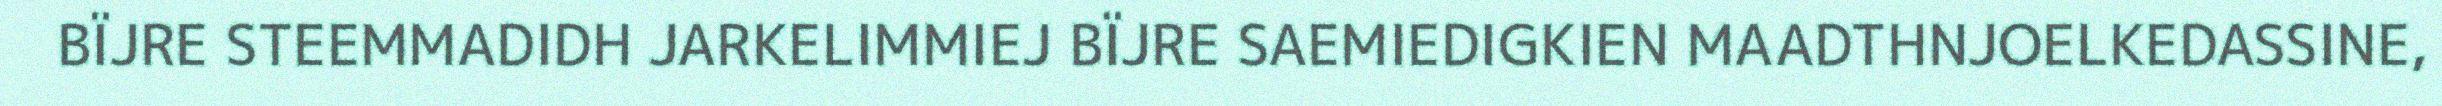
BÏJRE STEEMMADIDH JARKELIMMIEJ BÏJRE SAEMIEDIGKIEN MAADTHNJOELKEDASSINE,